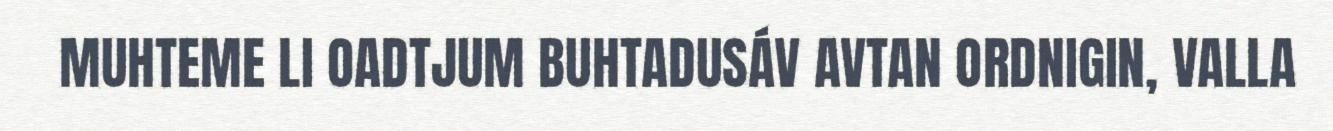
MUHTEME LI OADTJUM BUHTADUSÁV AVTAN ORDNIGIN, VALLA